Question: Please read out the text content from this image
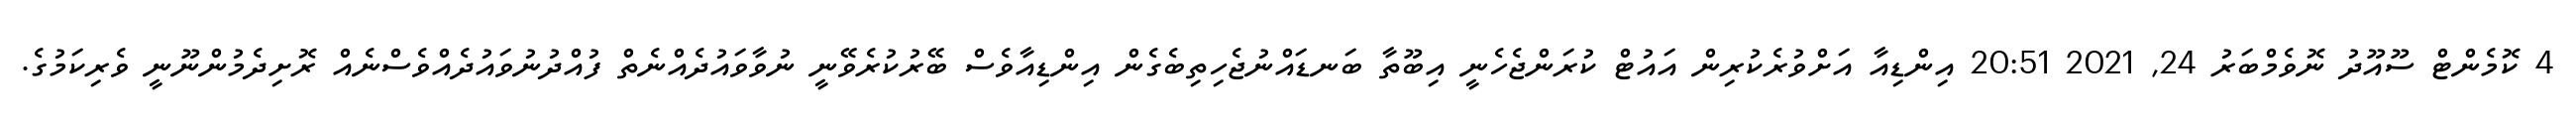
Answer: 4 ކޮމެންޓް ސޫއޫދު ނޮވެމްބަރު 24, 2021 20:51 އިންޑިއާ އަށްވުރެކުރިން އައުޓް ކުރަންޖެހެނީ އިބޫތާ ބަނޑައްނުޖެހިތިބެގެން އިންޑިއާވެސް ބޭރުކުރެވޭނީ ނުވާވައުދެއްނެތް ފުއްދުނުވައުދެއްވެސްނެއް ރޮށިދެމުންނޫނީ ވެރިކަމުގެ.